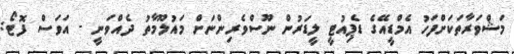
މަޝްވަރާތަކަށްފަހު އެމްޑީއޭގެ ޑެޕިއުޓީ ލީޑަރުން ނޫސްވެރިންނަށް މައުލޫމާތު ދެއްވަނީ - އަވަސް ފޮޓޯ: